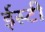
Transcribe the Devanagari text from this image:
ईस्टी